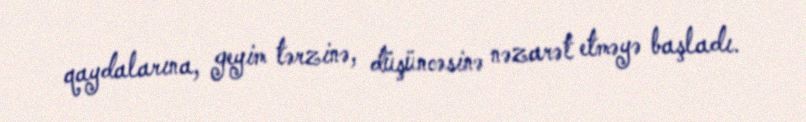
qaydalarına, geyim tərzinə, düşüncəsinə nəzarət etməyə başladı.